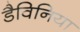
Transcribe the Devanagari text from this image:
डैविनिया